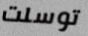
توسلت